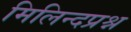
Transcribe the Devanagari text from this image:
मिलिन्दप्रश्न